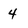
Character: 4